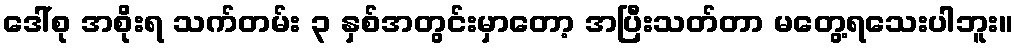
ဒေါ်စု အစိုးရ သက်တမ်း ၃ နှစ်အတွင်းမှာတော့ အပြီးသတ်တာ မတွေ့ရသေးပါဘူး။